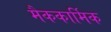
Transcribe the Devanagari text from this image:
मैककार्मिक